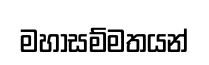
මහාසම්මතයන්